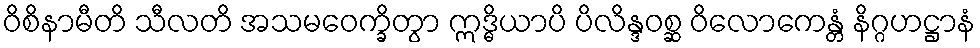
ဝိစိနာမီတိ သီလတိ အသမဝေက္ခိတွာ ဣဒ္ဓိယာပိ ပိလိန္ဒဝစ္ဆ ဝိလောကေန္တံ နိဂ္ဂဟဋ္ဌာနံ